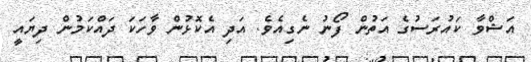
އަޝްވާ ކައުރަސުގެ އަތުން ފޯނު ނެގިއެވެ. އަދި އެކޮޅުން ވާހަކަ ދައްކަމުން ދިޔައީ